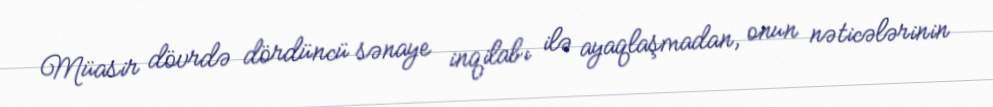
Müasir dövrdə dördüncü sənaye inqilabı ilə ayaqlaşmadan, onun nəticələrinin